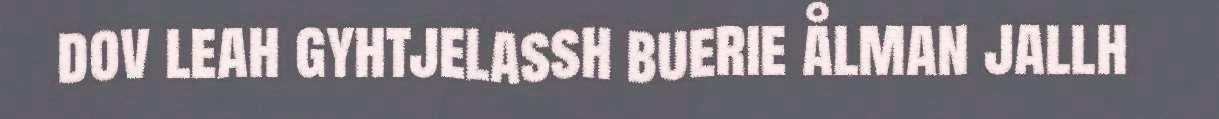
dov leah gyhtjelassh buerie ålman jallh